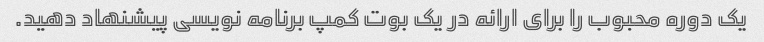
یک دوره محبوب را برای ارائه در یک بوت کمپ برنامه نویسی پیشنهاد دهید.